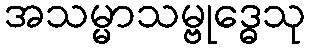
အသမ္မာသမ္ဗုဒ္ဓေသု